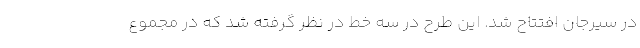
در سیرجان افتتاح شد. این طرح در سه خط در نظر گرفته شد که در مجموع